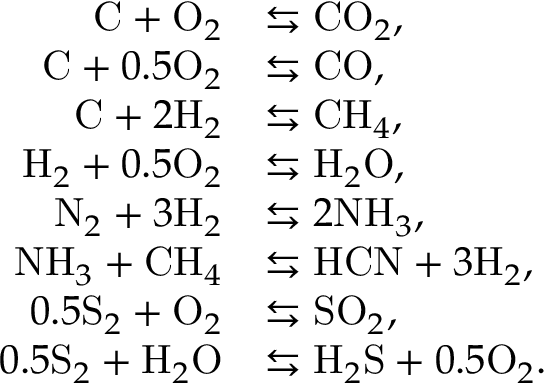
\begin{array} { r l } { \mathrm { C } + \mathrm { O } _ { 2 } } & { \leftrightarrows \mathrm { C O } _ { 2 } , } \\ { \mathrm { C } + 0 . 5 \mathrm { O } _ { 2 } } & { \leftrightarrows \mathrm { C O } , } \\ { \mathrm { C } + 2 \mathrm { H } _ { 2 } } & { \leftrightarrows \mathrm { C H } _ { 4 } , } \\ { \mathrm { H } _ { 2 } + 0 . 5 \mathrm { O } _ { 2 } } & { \leftrightarrows \mathrm { H } _ { 2 } \mathrm { O } , } \\ { \mathrm { N } _ { 2 } + 3 \mathrm { H } _ { 2 } } & { \leftrightarrows 2 \mathrm { N H } _ { 3 } , } \\ { \mathrm { N H } _ { 3 } + \mathrm { C H } _ { 4 } } & { \leftrightarrows \mathrm { H C N } + 3 \mathrm { H } _ { 2 } , } \\ { 0 . 5 \mathrm { S } _ { 2 } + \mathrm { O } _ { 2 } } & { \leftrightarrows \mathrm { S O } _ { 2 } , } \\ { 0 . 5 \mathrm { S } _ { 2 } + \mathrm { H } _ { 2 } \mathrm { O } } & { \leftrightarrows \mathrm { H } _ { 2 } \mathrm { S } + 0 . 5 \mathrm { O } _ { 2 } . } \end{array}